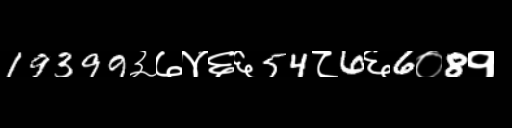
Text: 19399३७४६६54८6६6०8१